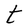
Character: t